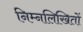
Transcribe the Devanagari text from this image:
निम्नलिखितों